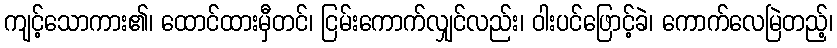
ကျင့်သောကား၏၊ ထောင်ထားမှီတင်၊ ငြမ်းကောက်လျှင်လည်း၊ ဝါးပင်ဖြောင့်ခဲ၊ ကောက်လေမြဲတည့်၊